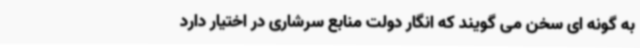
به گونه ای سخن می گویند که انگار دولت منابع سرشاری در اختیار دارد